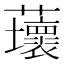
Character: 蘾